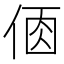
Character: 𠉦